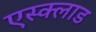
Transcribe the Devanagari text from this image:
एस्क्लाड